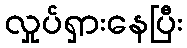
လှုပ်ရှားနေပြီး